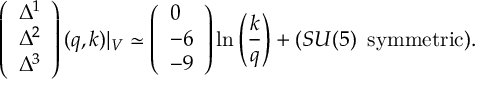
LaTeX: \left( \begin{array} { l } { { \Delta ^ { 1 } } } \\ { { \Delta ^ { 2 } } } \\ { { \Delta ^ { 3 } } } \end{array} \right) ( q , k ) | _ { \cal V } \simeq \left( \begin{array} { l } { { 0 } } \\ { { - 6 } } \\ { { - 9 } } \end{array} \right) \ln \left( \frac { k } { q } \right) + ( S U ( 5 ) \, \, \, \mathrm { s y m m e t r i c } ) .